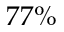
7 7 \%